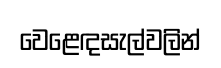
වෙළෙඳසැල්වලින්